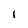
Character: l